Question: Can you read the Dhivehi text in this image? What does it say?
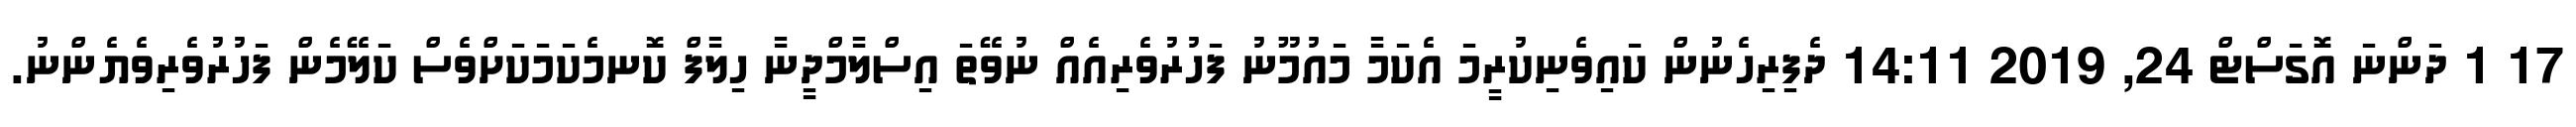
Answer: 17 1 ދަންނަ އޮގަސްޓް 24, 2019 14:11 ދެފިރިހެނުން ކައިވެނިކުރީމަ އެކަމާ މައުމޫނު ފަހުރުވެރިއެއް ނުވޭތަ އިސްލާމްދީނާ ހިލާފް ކޮނމެކަމަކަށްވެސް ކަލޭމެން ފަހުރުވެރިވެޔެންނު.